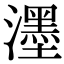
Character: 濹